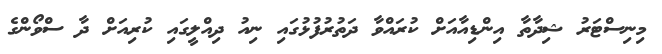
މިނިސްޓަރު ޝިދާތާ އިންޑިއާއަށް ކުރައްވާ ދަތުރުފުޅުގައި ނިއު ދިއްލީގައި ކުރިއަށް ދާ ސްވޯންގެ